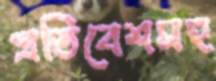
প্রতিবেশসহ